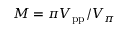
M = \pi V _ { \mathrm { p p } } / V _ { \pi }